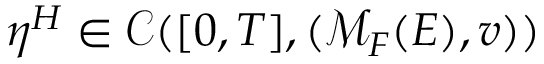
\eta ^ { H } \in \mathcal { C } ( [ 0 , T ] , ( \mathcal { M } _ { F } ( E ) , v ) )